Jaan_Tonisson_(Lasteleht), lk 129
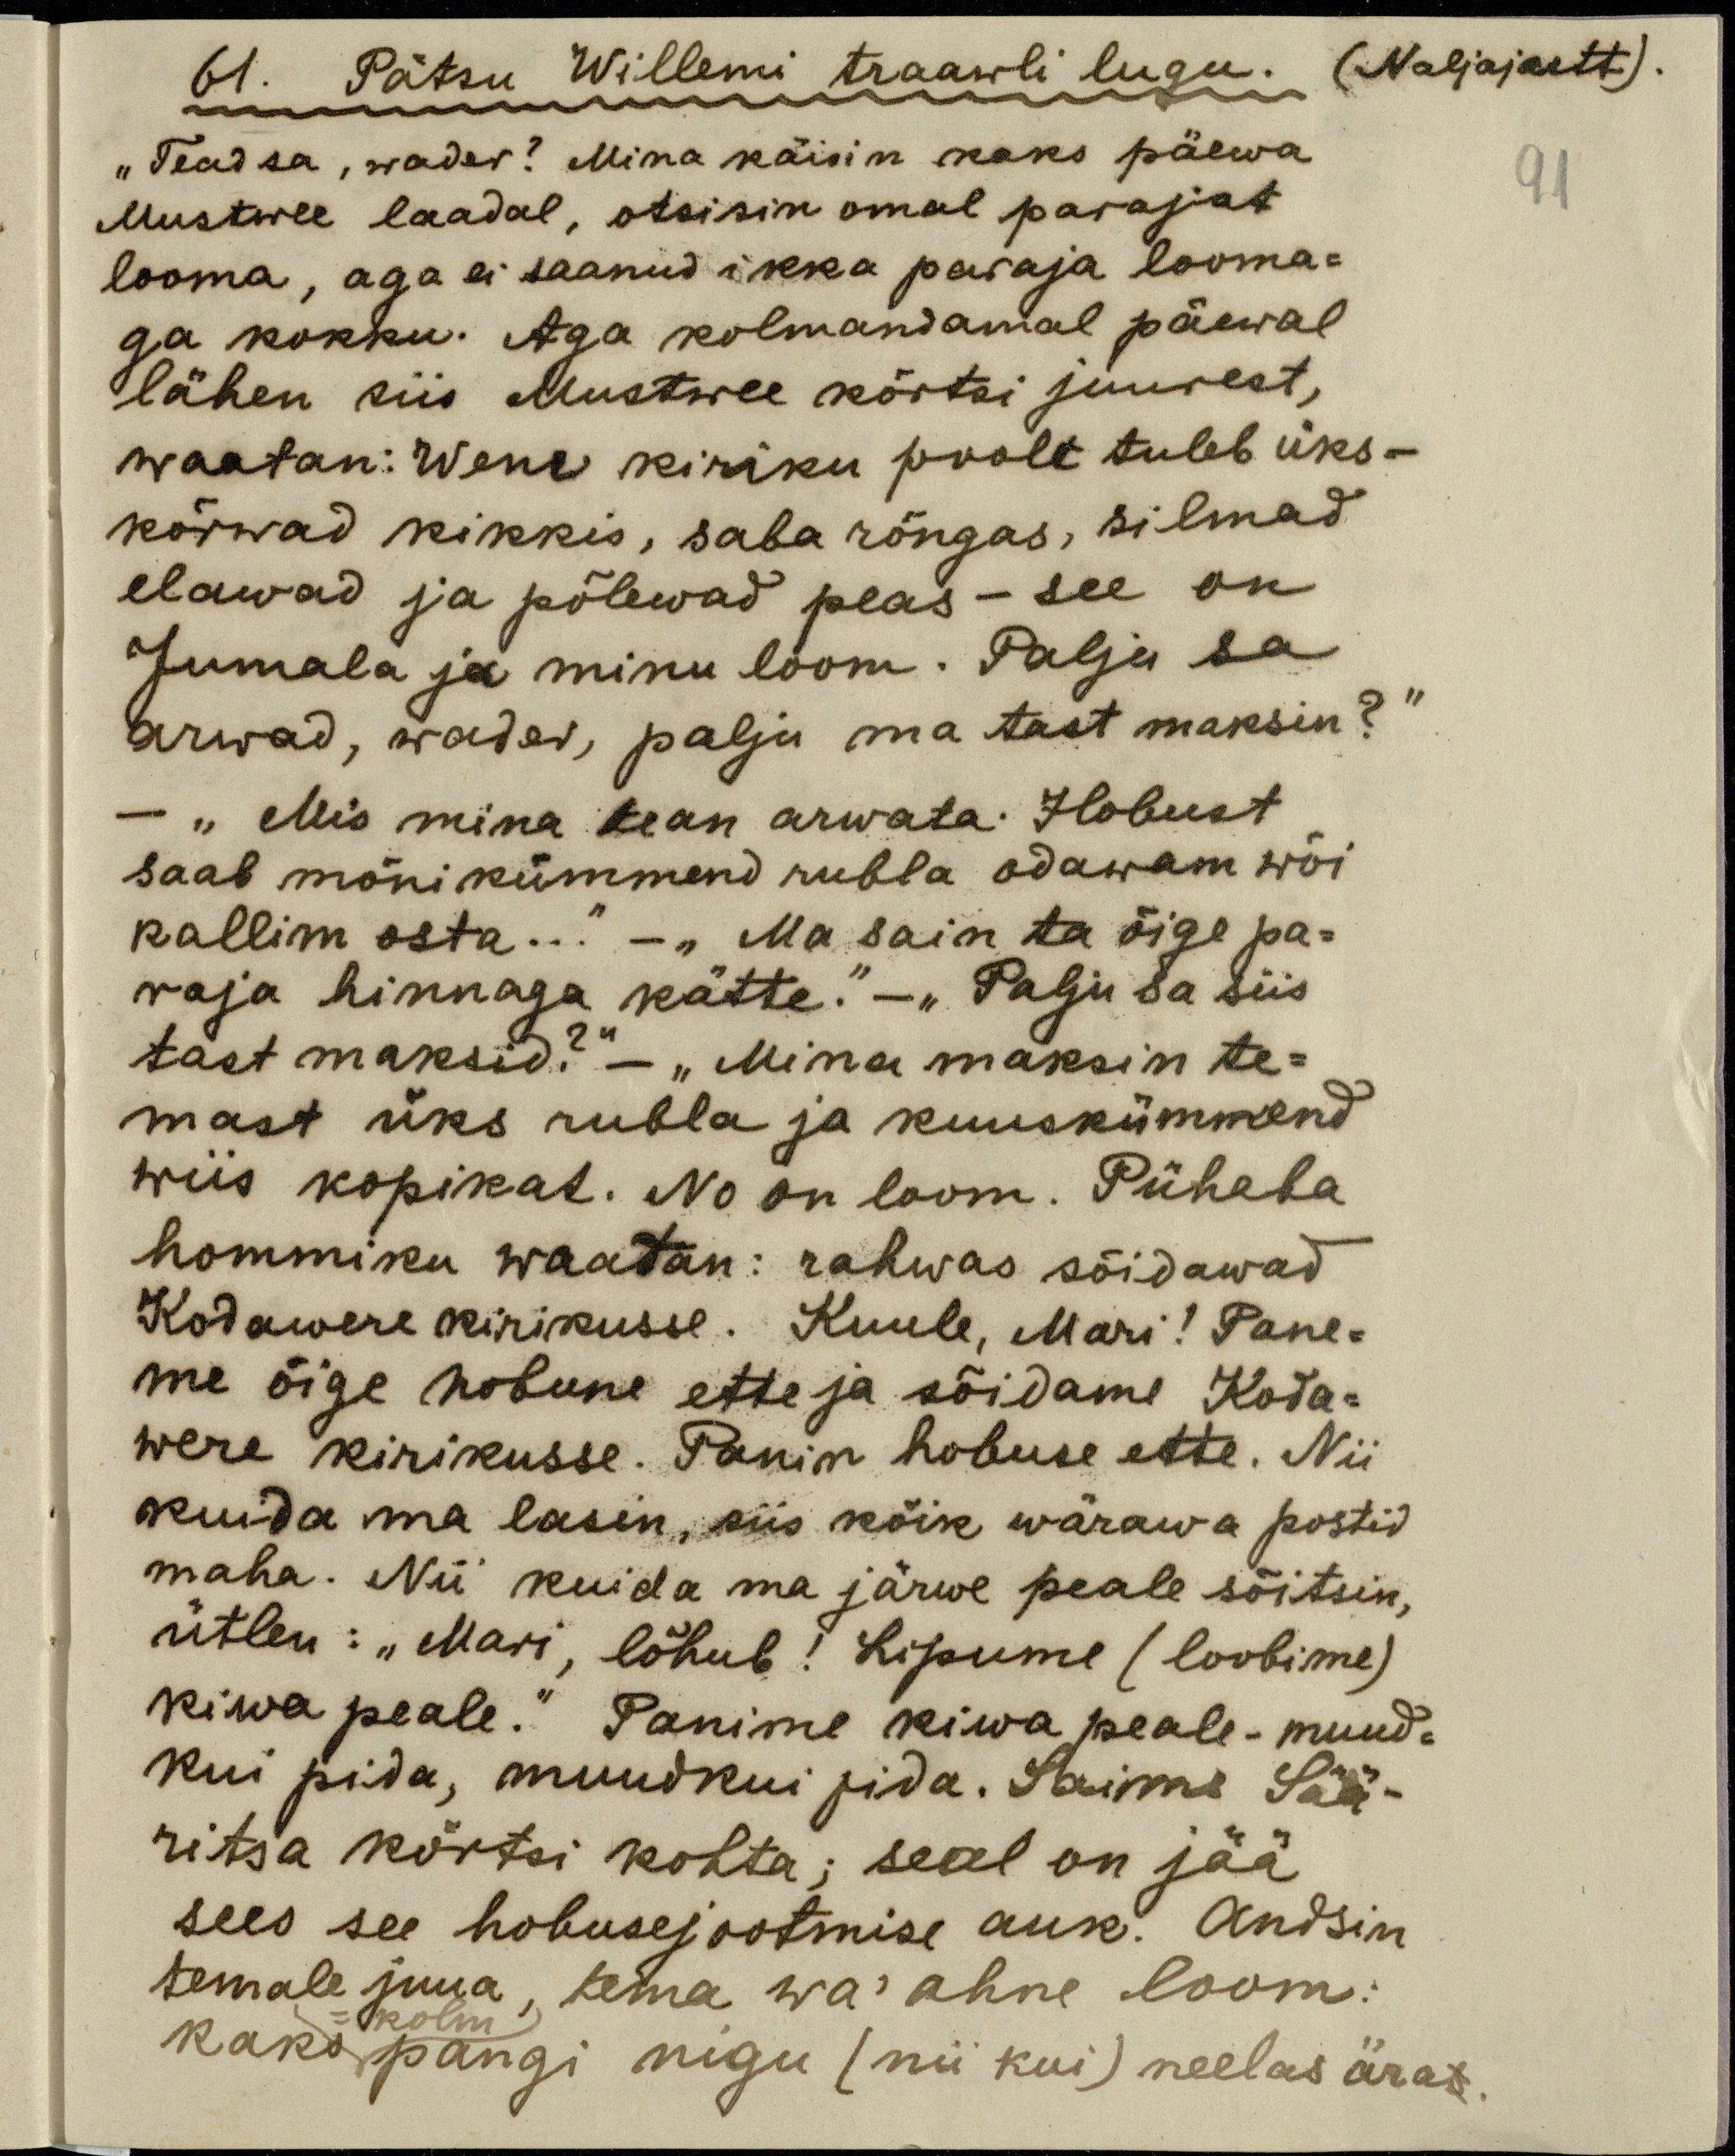
61. Pätsu Willemi traawli lugu. (Naljajutt).
"Tead sa, wader? Mina käisin kaks päewa
91
Mustwee laadal, otsisin omal parajat
looma, aga ei saanud ikka paraja looma-
ga kokku. Aga kolmandamal päewal
läksin siis Mustwee kõrtsi juurest,
waatan: Wene kiriku poolt tuleb üks-
kõrwad kikkis, saba rõngas, silmad
elawad ja põlewad peas - see on
Jumala ja minu loom. Palju sa
arwad, wader, palju ma tast maksin?"
- "Mis mina tean arwata. Hobust
saab mõni kümmend rubla odawam wõi
kallim osta . . ." - " Ma sain ta õige pa-
raja hinnaga kätte." - "Palju sa siis
tast maksid?" - "Mina maksin te-
mast üks rubla ja kuuskümmend
wiis kopikat. No on loom. Pühaba
hommiku waatan: rahwas sõidawad
Kodawere kirikusse. Kuule, Mari! Pane-
me õige hobune ette ja sõidame Koda-
were kirikusse. Panin hobuse ette. Nii
kuida ma lasin, siis kõik wärawa postid
maha. Nii kuida ma järwe peale sõitsin,
ütlen: "Mari, lõhub! lipume (loobime)
kiwa peale." Panime kiwa peale - muud-
kui pida, muudkui pida. Saime Sää-
ritsa kõrtsi kohta; seal on jää
sees see hobusejootmise auk. Andsin
temale juua, tema wa' ahne loom.
- kolm
kaks pangi nigu (nii kui) neelas äras.